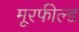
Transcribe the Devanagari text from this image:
मूरफील्ड